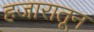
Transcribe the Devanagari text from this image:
हजारातून